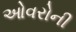
ઓવરોની